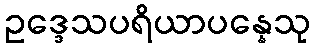
ဥဒ္ဒေသပရိယာပန္နေသု